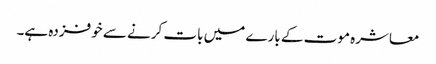
معاشرہ موت کے بارے میں بات کرنے سے خوفزدہ ہے۔